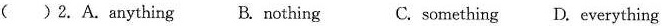
( )2.A.anything B. nothing C. something D. everything